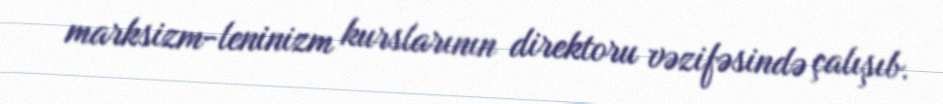
marksizm-leninizm kurslarının direktoru vəzifəsində çalışıb.